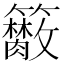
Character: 𥷭